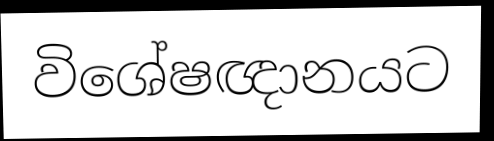
විශේෂඥානයට